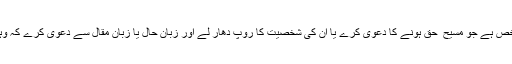
دجال یعنی وہ شخص ہے جو مسیح ؑ حق ہونے کا دعویٰ کرے یا ان کی شخصیت کا روپ دھار لے اور زبانِ حال یا زبانِ مقال سے دعویٰ کرے کہ وہی مسیح ِحق ہے۔